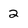
Character: 2